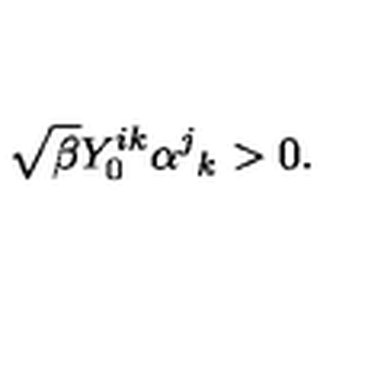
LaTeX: \sqrt { \beta } Y _ { 0 } ^ { i k } \alpha ^ { j } { } _ { k } > 0 .